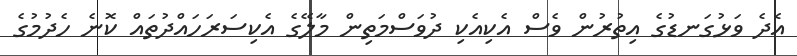
އެދެ ވަޅުގަނޑުގެ އިތުރުން ވެސް އެކިއެކި ދުވަސްމަތިން މާލޭގެ އެކިސަރަހައްދުތައް ކޮނެ ހެދުމުގެ